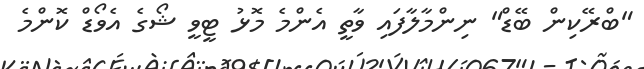
"ބްރޭކިން ބޭޑް" ނިންމާލާފައި ވާތީ އެންމެ މޮޅު ޓީވީ ޝޯގެ އެވޯޑް ކޮންމެ